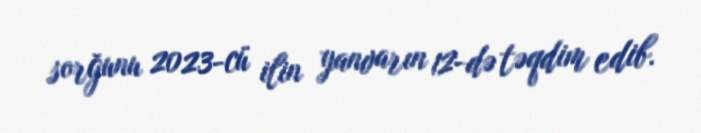
sorğunu 2023-cü ilin yanvarın 12-də təqdim edib.